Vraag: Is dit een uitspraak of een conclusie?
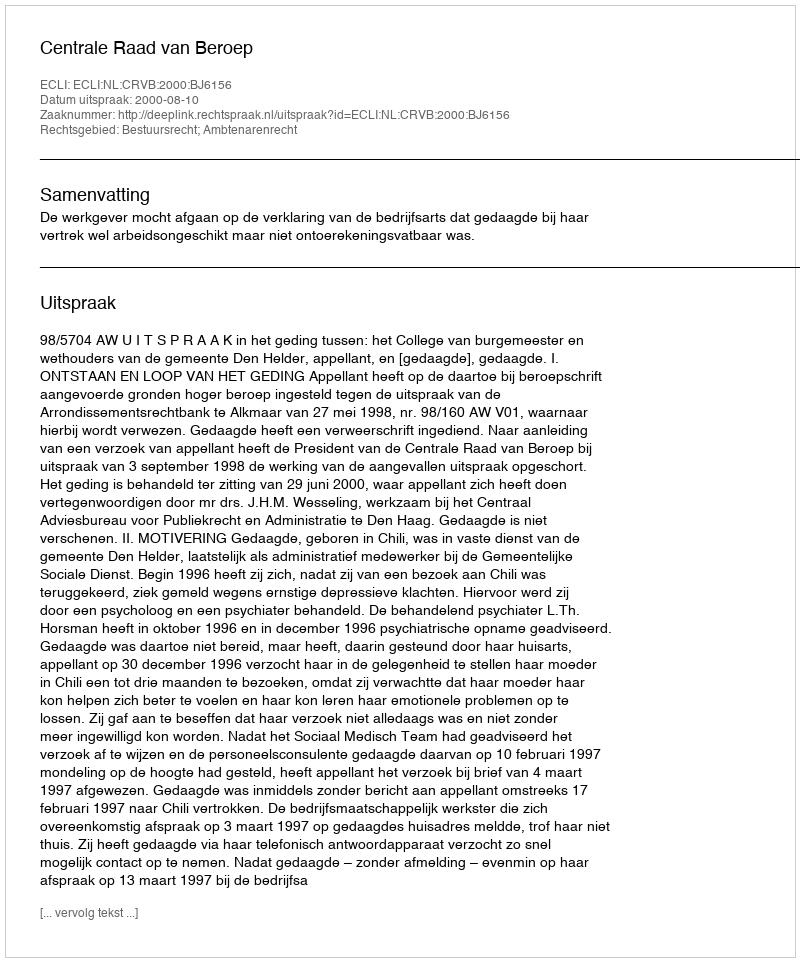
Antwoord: Uitspraak